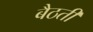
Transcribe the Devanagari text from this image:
बैठतीं